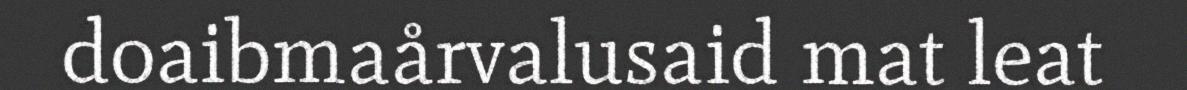
doaibmaårvalusaid mat leat